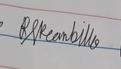
Signature authenticity: genuine